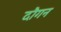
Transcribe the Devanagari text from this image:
दौगन